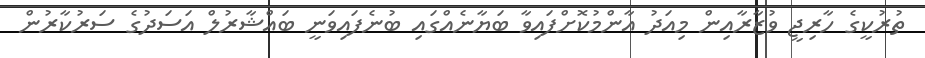
ތުރުކީގެ ހާރިޖީ ވުޒާރާއިން މިއަދު އާންމުކޮށްފައިވާ ބަޔާނެއްގައި ބުނެފައިވަނީ ބައްޝާރުލް އަސަދުގެ ސަރުކާރުން